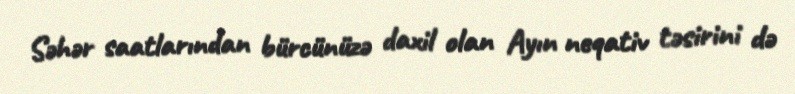
Səhər saatlarından bürcünüzə daxil olan Ayın neqativ təsirini də